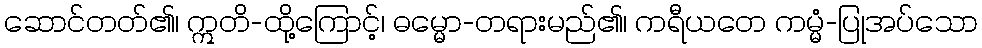
ဆောင်တတ်၏၊ ဣတိ-ထို့ကြောင့်၊ ဓမ္မော-တရားမည်၏၊ ကရီယတေ ကမ္မံ-ပြုအပ်သော